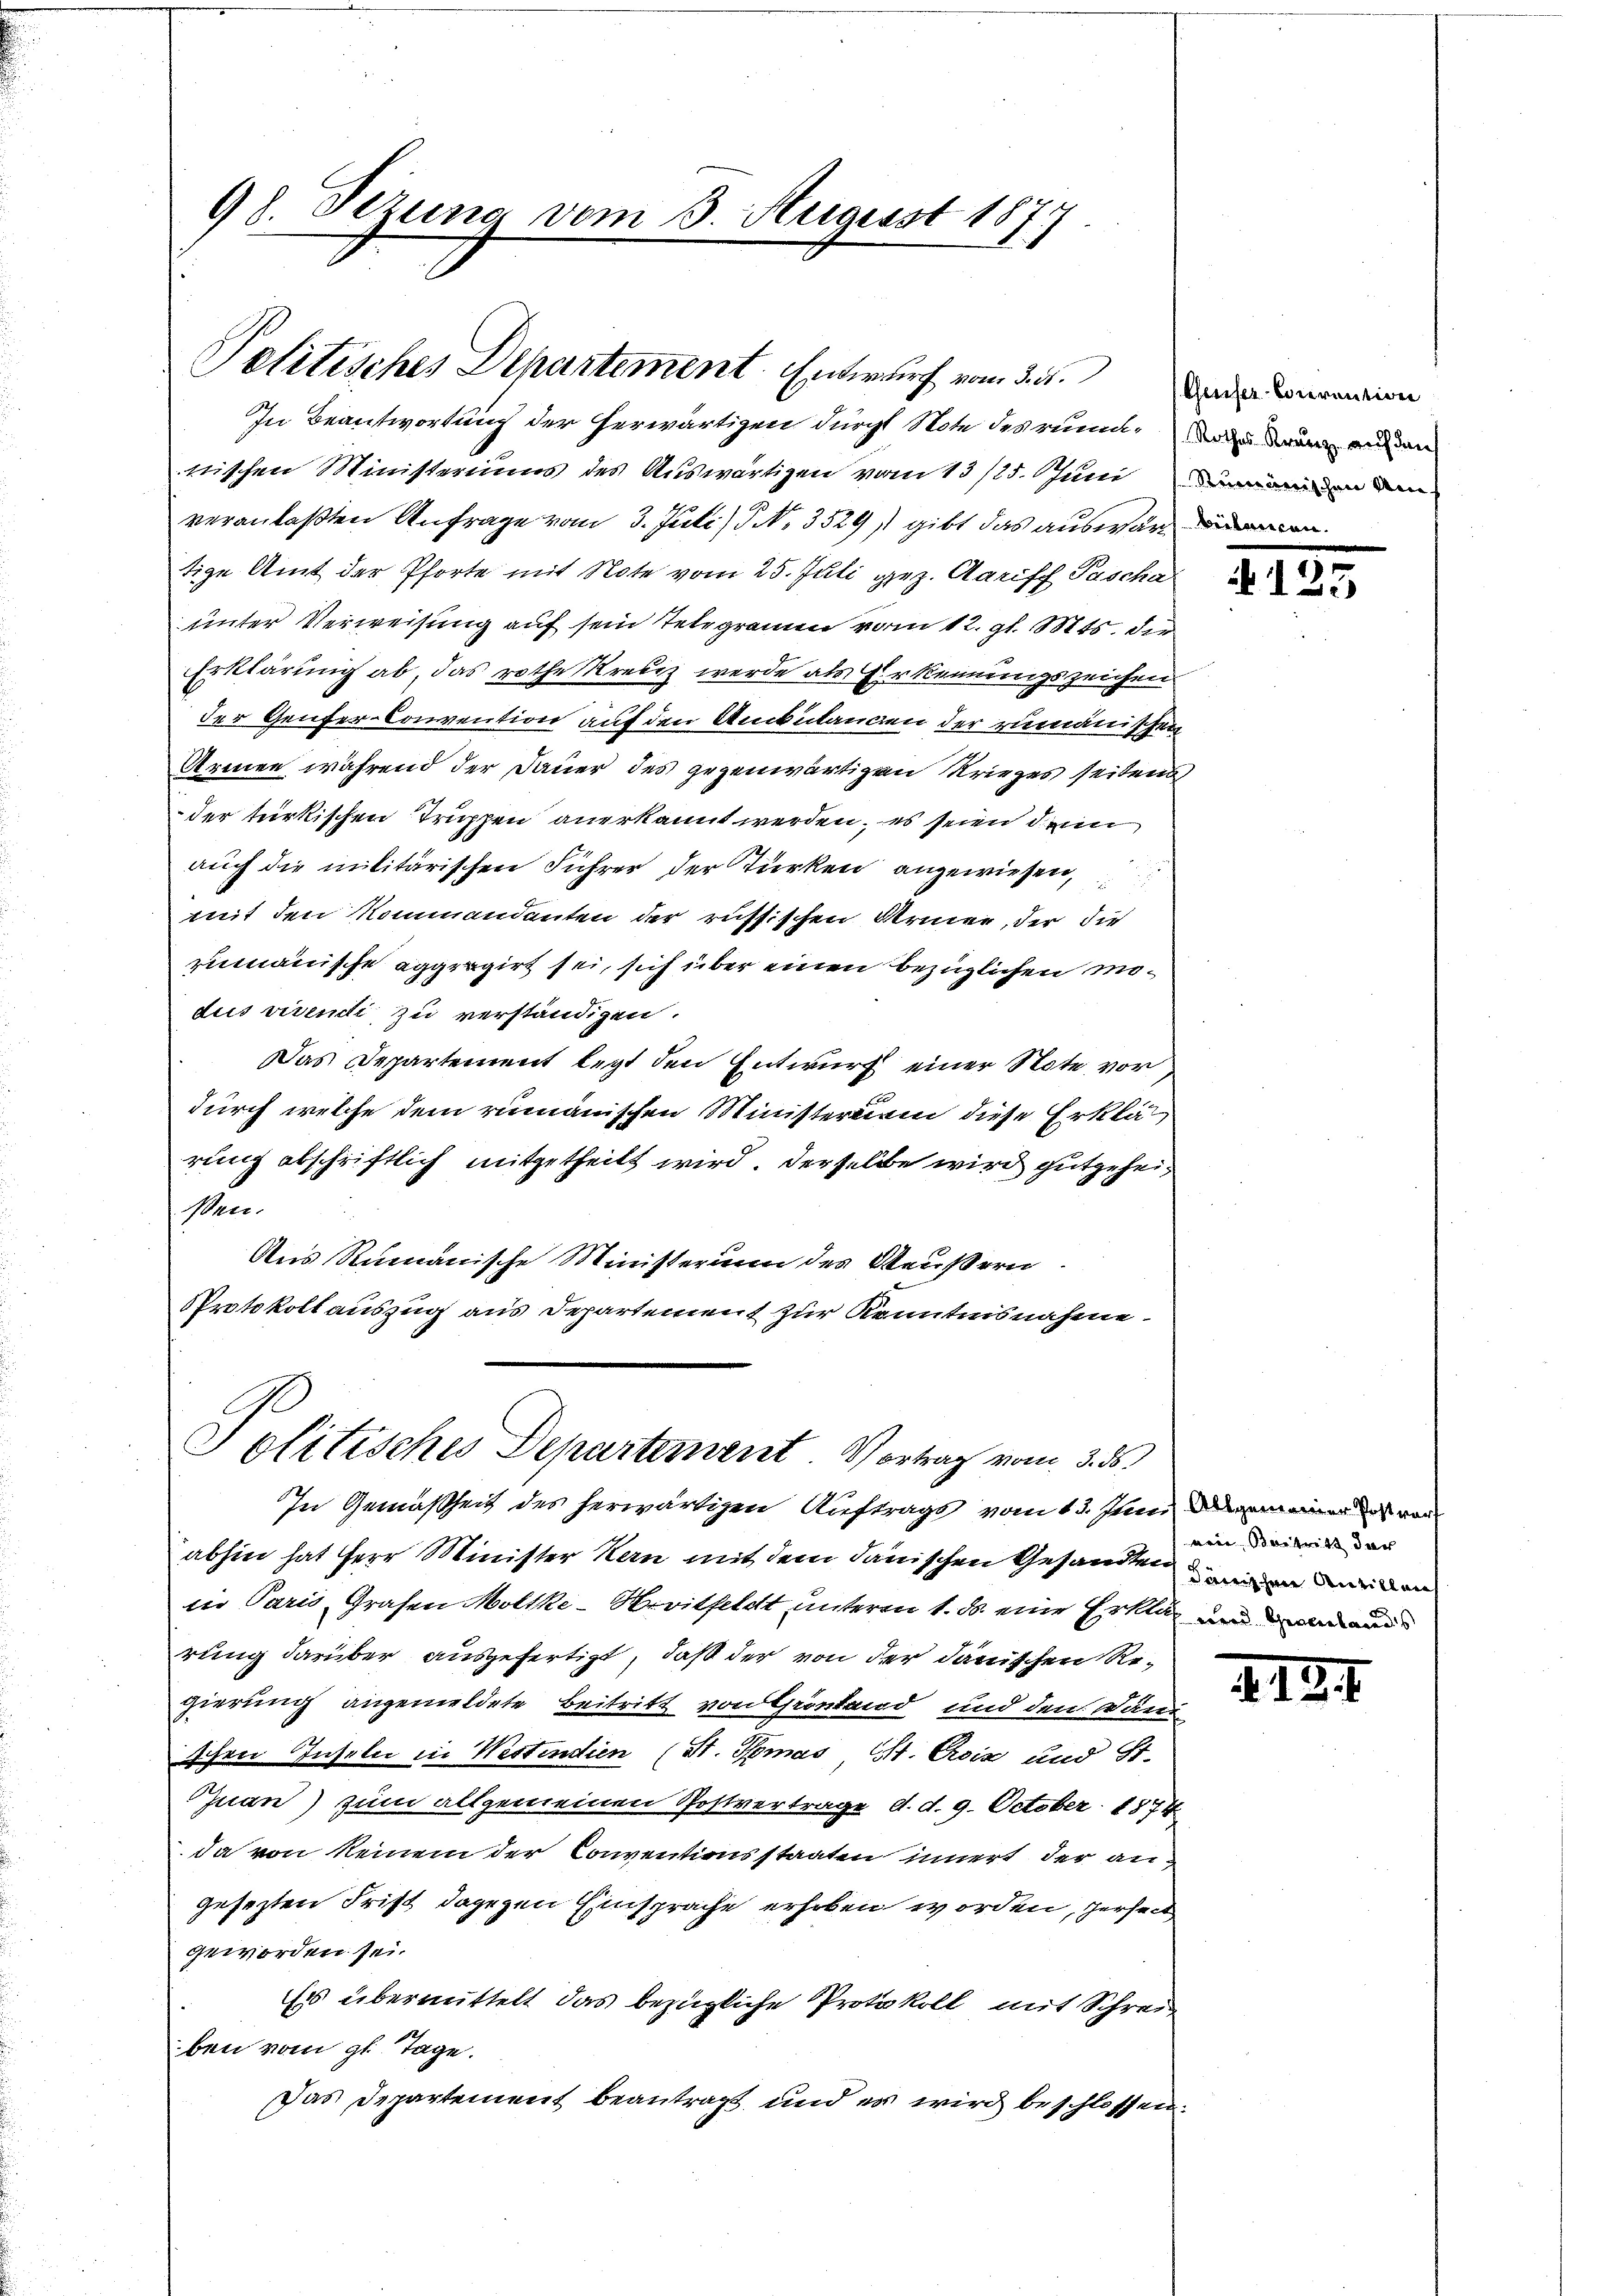
98. Sizung vom 3. Augisst 1877

Pelitisches Departement. Entwurf vom 3. d.

In Beantwortung der herwärtigen durch Note des rend da dann einen
wischen Ministeriums des Auswärtigen vom 13/25. Juni den den
2
.
veranlaßten Anfrage vom 3. Juli) . N. 3529) gibt das auswaren
tige Amt der Pforte mit Note vom 25. Juli gez. Aarisch Pascha
unter Verweisung auf sein Telegramm vom 12. gl. Mts. dir
Erklärung ab, das rothe Kreuz werde als Erkennungszeichen
der Genfer-Convention auf den Ambulangen der rumänischen
Armen während der Dauer des gegenwärtigen Krieges seitens
der türkischen Truppen anerkannt werden, es seien dein
auch die militärischen Führer der Türken angewiesen,
mit den Kommandanten der russischen Armen, der die
rumänische aggergirt sei, sich über einen bezüglichen mödus viventi zu verständigen.
Das Departement legt den Entwurf einer Note vor
durch welche dem rumänischen Ministerium diese Erklär
rung abschriftlich mitgetheilt wird. Derselbe wird gutgeheißen.
Aus Rumanische Ministerium des Aeußern
Protokoll auszug aus Departement zur Kenntnisnahme

Solitisches Departenvent. Vortrag vom 3. ds.

In Gemäßheit des herwärtigen Auftrags vom 13. Juni dem von
abhin hat Herr Minister Kan mit dem danischen Gesandten in denen
in Paris, Grafen Moltke-Hevitfeldt unterm 1. ds eine Erklärt und dan
rung darüber ausgefertigt, daß der von der danischen Regierung angemeldete Beitritt von Gröntend und den Dan
schen Inselbe in Westindien (St. Thomas 14. Eis und St.
Juan) zum allgemeinen Postvertrage d. d. 9. October 1874
da von keinem der Conventionsstaaten innert der angesezten Frist dagegen Einsprache erhoben worden, herseit
geworden sei.
Es übermittelt das bezügliche Protokoll mit Schreiben vom gl. Tage.
Das Departement beantragt, und es wird beschlossen.

Geuser-Corrention

1

5

reie Beitritt der

2.12.1